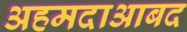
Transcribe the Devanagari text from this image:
अहमदाआबद